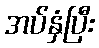
အပ်နှံပြီး